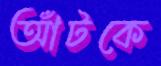
আঁটকে